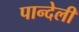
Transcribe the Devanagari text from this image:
पान्देली